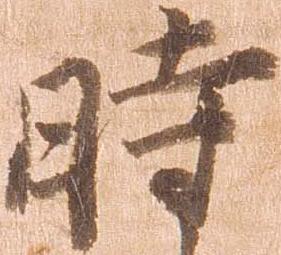
時